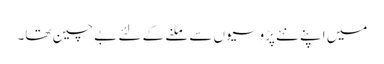
میں اپنے نئے پڑوسیوں سے ملنے کے لئے بے چین تھا۔